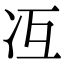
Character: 冱